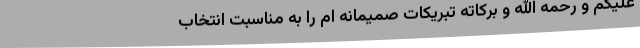
علیکم و رحمه الله و برکاته تبریکات صمیمانه ام را به مناسبت انتخاب